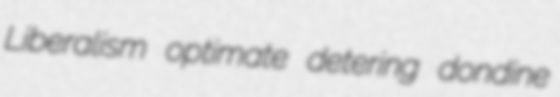
Liberalism optimate detering dondine